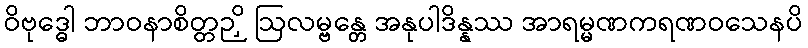
ဝိဗုဒ္ဓေါ ဘာဝနာစိတ္တဉှိ ဩလမ္ဗန္တေ အနုပါဒိန္နဿ အာရမ္မဏကရဏဝသေနပိ